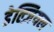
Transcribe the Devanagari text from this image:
डेल्ज़ियल